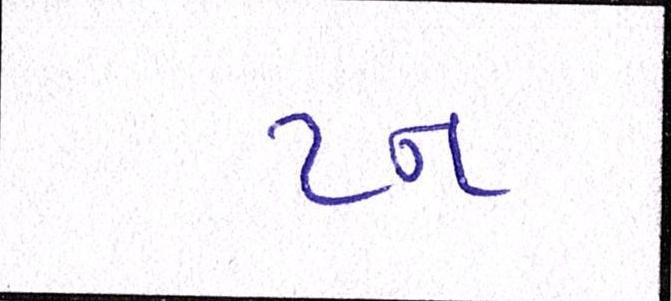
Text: ટન